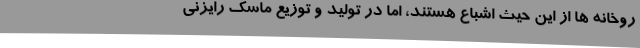
روخانه ها از این حیث اشباع هستند، اما در تولید و توزیع ماسک رایزنی